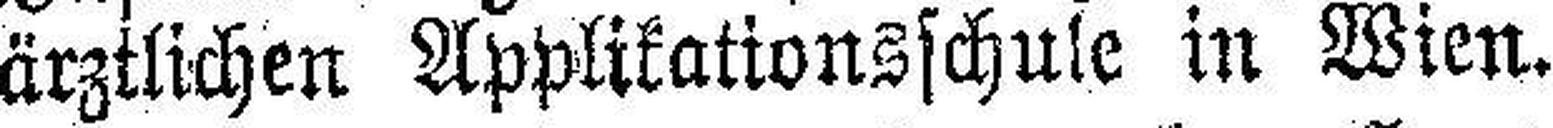
ärztlichen Applikationsschule in Wien.